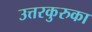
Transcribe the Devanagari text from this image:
उत्तरकुरुका